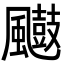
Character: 𮨲